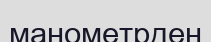
манометрден